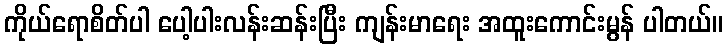
ကိုယ်ရောစိတ်ပါ ပေါ့ပါးလန်းဆန်းပြီး ကျန်းမာရေး အထူးကောင်းမွန် ပါတယ်။